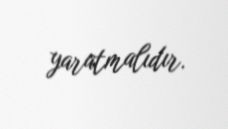
yaratmalıdır.